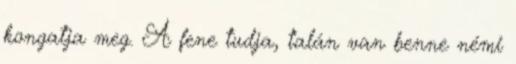
kongatja meg. A fene tudja, talán van benne némi